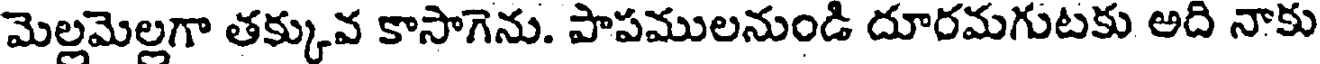
మెల్లమెల్లగా తక్కువ కాసాగెను. పాపములనుండి దూరమగుటకు అది నాకు